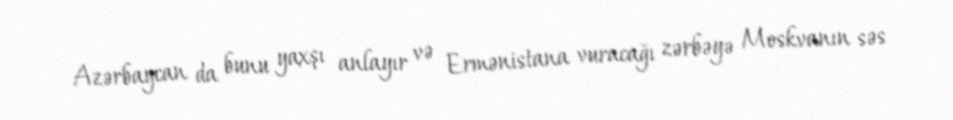
Azərbaycan da bunu yaxşı anlayır və Ermənistana vuracağı zərbəyə Moskvanın səs